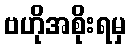
ဗဟိုအစိုးရမှ